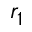
r _ { 1 }